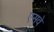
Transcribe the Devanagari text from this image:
एसवे